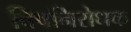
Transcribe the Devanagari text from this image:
विषनिरोधक